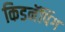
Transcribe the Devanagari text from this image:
किडनॅपिंग